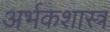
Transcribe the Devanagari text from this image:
अर्भकशास्त्र